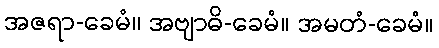
အဇရာ-ခေမံ။ အဗျာဓိ-ခေမံ။ အမတံ-ခေမံ။